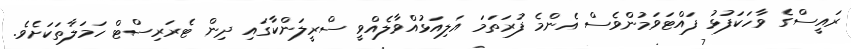
ރައީސްގެ ވާހަކަފުޅު ފައްޓަވަމުންވެސް އެންމެ ފުރަތަމަ އަލިއަޅުއްވާލެއްވީ ސްރީލަންކާގައި ދިން ޓެރަރިސްޓް ހަމަލާތަކަށެވެ.